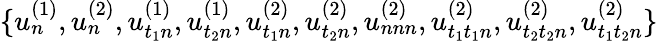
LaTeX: \{ u_{n}^{(1)},u_{n}^{(2)},u_{t_{1}n}^{(1)},u_{t_{2}n}^{(1)},u_{t_{1}n}^{(2)},u_{t_{2}n}^{(2)},u_{nnn}^{(2)},u_{t_{1}t_{1}n}^{(2)},u_{t_{2}t_{2}n}^{(2)},u_{t_{1}t_{2}n}^{(2)}\}